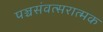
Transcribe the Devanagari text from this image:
पञ्चसंवत्सरात्मक